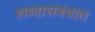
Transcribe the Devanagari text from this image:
शब्दासंबंधात